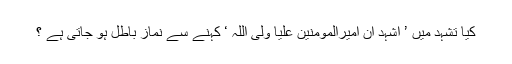
کیا تشہد میں ’ اشہد ان امیرالمومنین علیا ولی اللہ ‘ کہنے سے نماز باطل ہو جاتی ہے ؟